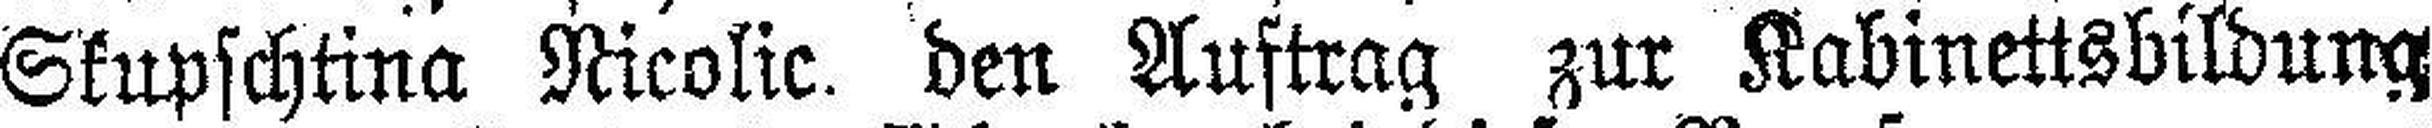
Skupschtina Nicolic den Auftrag zur Kabinettsbildung